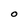
Character: O